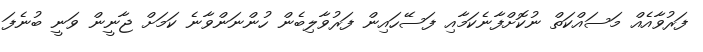
ފަރުވާއެއް މަސައްކަތް ނުކޮށްފާނެކަމާއި ފަސޭހައިން ފަރުވާލިބެން ހުންނަންވާނެ ކަމަށް ޖާނީން ވަނީ ބުނެފަ